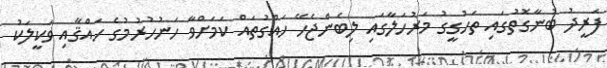
ފަރީދު ބުނާގޮތުގައި ތަހުގީގު މަރުހަލާގައި ލިބެންޖެހޭ ހައްގުތައް ކަމަށްވާ ހަނުހުރުމުގެ ހައްޤާއި ވަކީލަކު